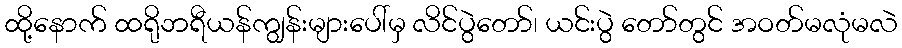
ထို့နောက် ထရိုဘရီယန်ကျွန်းများပေါ်မှ လိင်ပွဲတော်၊ ယင်းပွဲ တော်တွင် အဝတ်မလုံမလဲ